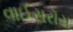
વાઈસરૉય